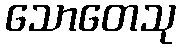
သောတေသု